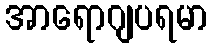
အာရောဂျပရမာ